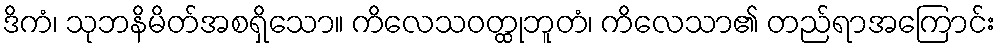
ဒိကံ၊ သုဘနိမိတ်အစရှိသော။ ကိလေသဝတ္ထုဘူတံ၊ ကိလေသာ၏ တည်ရာအကြောင်း